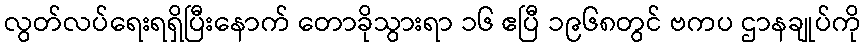
လွတ်လပ်ရေးရရှိပြီးနောက် တောခိုသွားရာ ၁၆ ဧပြီ ၁၉၆၈တွင် ဗကပ ဌာနချုပ်ကို